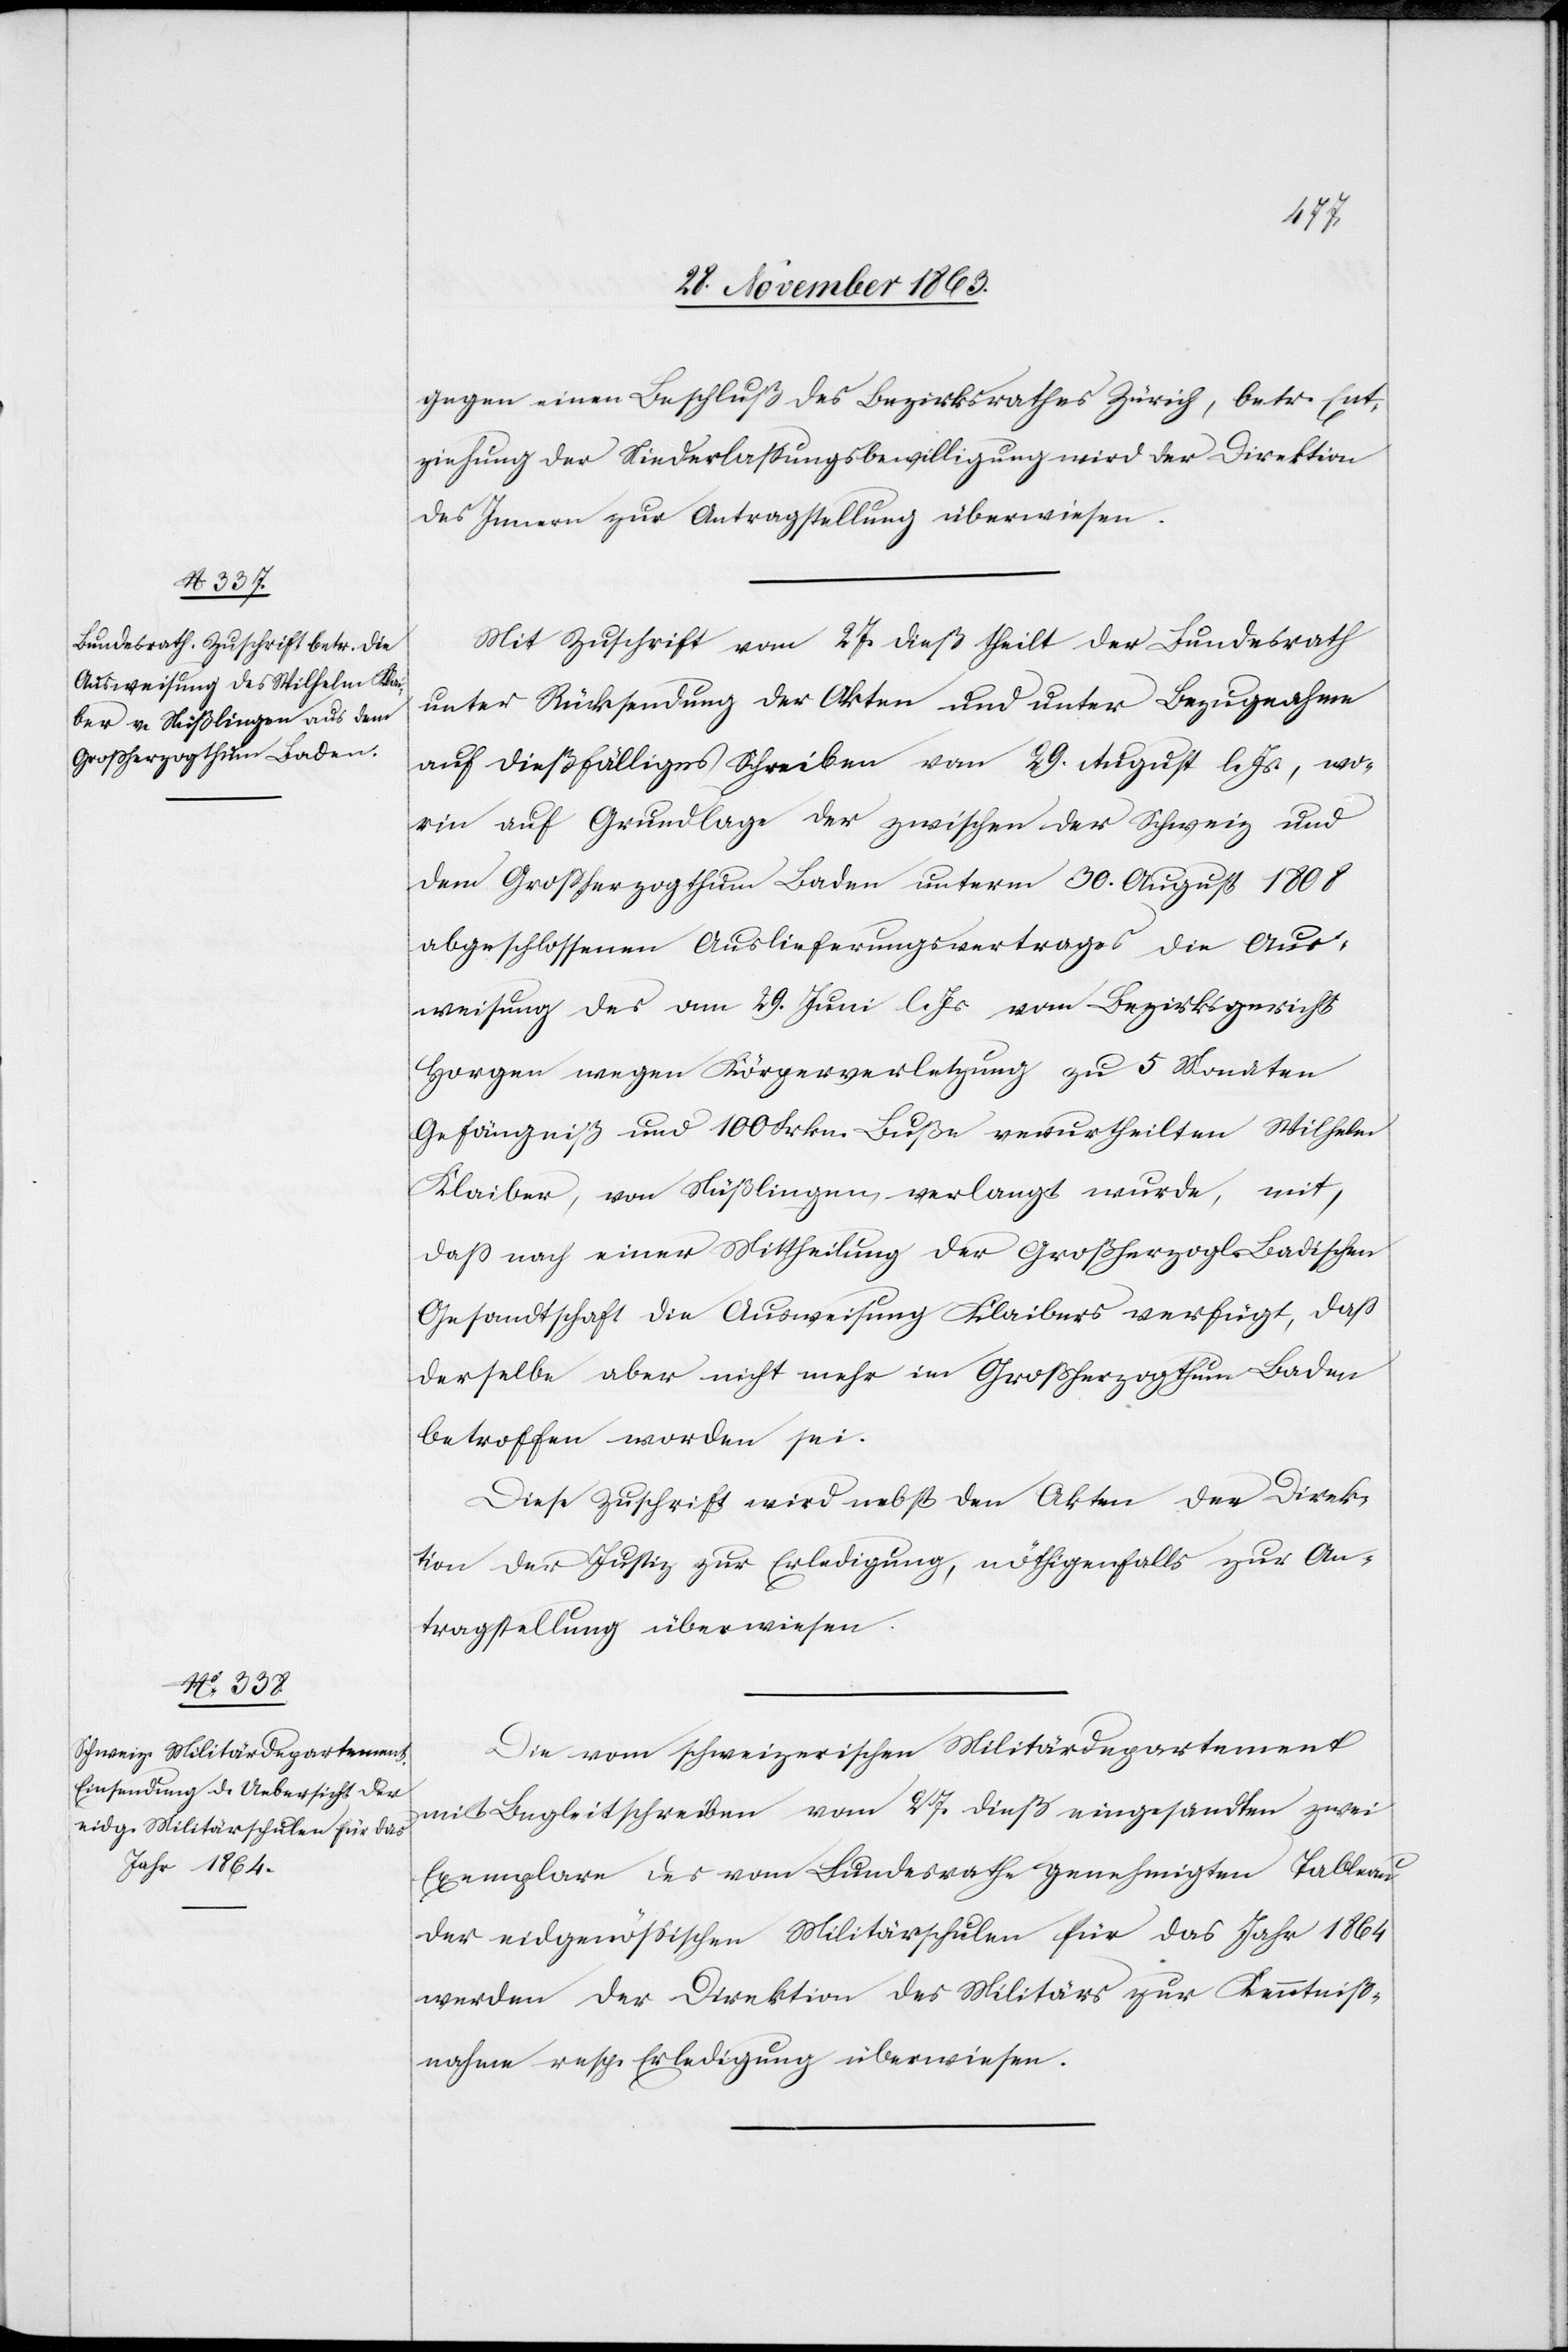
gegen einen Beschluß des Bezirksrathes Zürich, betr. Ent¬
ziehung der Niederlassungsbewilligung wird der Direktion
des Innern zur Antragstellung überwiesen.
Mit Zuschrift vom 27. dieß theilt der Bundesrath
unter Rücksendung der Akten und unter Bezugnahme
auf dießfälliges Schreiben vom 29. August l. Js., wor¬
in auf Grundlage der zwischen der Schweiz und
dem Großherzogthum Baden unterm 30. August 1808
abgeschlossenen Auslieferungsvertrages die Aus¬
weisung des am 29. Juni l. Js. vom Bezirksgericht
Horgen wegen Körperverletzung zu 5 Monaten
Gefängniß und 100 Frkn. Buße verurtheilten Wilhelm
Klaiber, von Nüßlingen, verlangt wurde, mit,
dass nach einer Mittheilung der Großherzogl. Badischen
Gesandtschaft die Ausweisung Klaibers verfügt, dass
derselbe aber nicht mehr im Großherzogthum Baden
betroffen worden sei.
Diese Zuschrift wird nebst den Akten der Direk¬
tion der Justiz zur Erledigung, nöthigenfalls zur An¬
tragstellung überwiesen.
Die vom schweizerischen Militärdepartement
mit Begleitschreiben vom 27. dieß eingesandten zwei
Exemplare des vom Bundesrathe genehmigten Tableau
der eidgenössischen Militärschulen für das Jahr 1864
werden der Direktion des Militärs zur Kenntniß¬
nahme resp. Erledigung überwiesen.